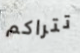
تتراكم